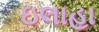
ઇલાહા